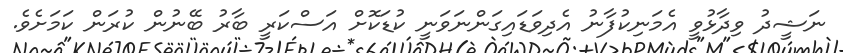
ނަޝީދު ވިދާޅުވީ އެމަނިކުފާނު އެދިވަޑައިގަންނަވަނީ ކުޑަކޮށް އަސްކަރީ ބާރު ބޭނުން ކުރަން ކަމަށެވެ.